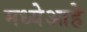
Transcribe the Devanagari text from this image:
मध्येआहे